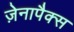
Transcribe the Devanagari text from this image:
ज़ेनापैक्स